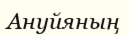
Ануйяның